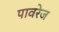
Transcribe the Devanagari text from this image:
पावरेज